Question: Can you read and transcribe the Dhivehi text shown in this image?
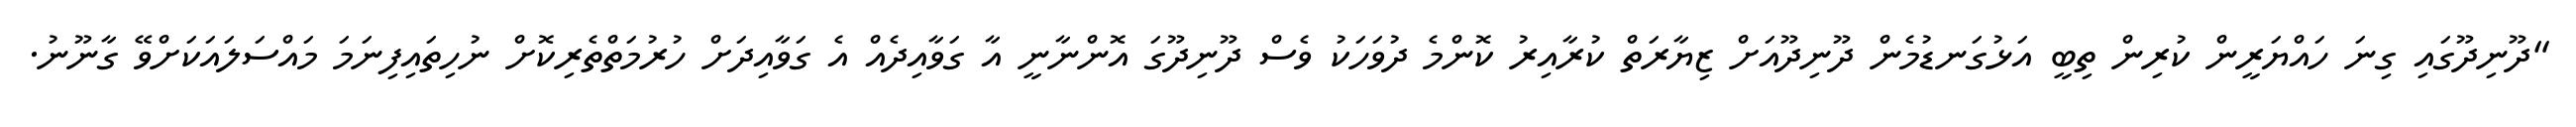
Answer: "ދޫނިދޫގައި ގިނަ ހައްޔަރީން ކުރިން ތިބީ އަޅުގަނޑުމެން ދޫނިދޫއަށް ޒިޔާރަތް ކުރާއިރު ކޮންމެ ދުވަހަކު ވެސް ދޫނިދޫގަ އޮންނާނީ އާ ގަވާއިދެއް އެ ގަވާއިދަށް ހުރުމަތްތެރިކޮށް ނުހިތައިފިނަމަ މައްސަލައަކަށްވޭ ގާނޫނު.